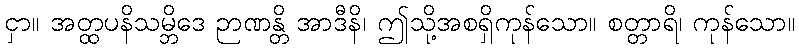
ငှာ။ အတ္ထပနိသမ္ဘိဒေ ဉာဏန္တိ အာဒီနိ၊ ဤသို့အစရှိကုန်သော။ စတ္တာရိ၊ ကုန်သော။